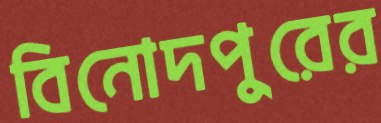
বিনোদপুরের